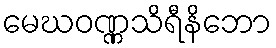
မေဃဝဏ္ဏသိရီနိဘော